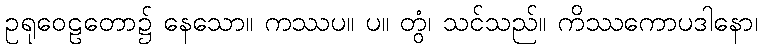
ဥရုဝေဠတော၌ နေသော။ ကဿပ။ ပ။ တွံ၊ သင်သည်။ ကိဿကောပဒါနော၊